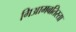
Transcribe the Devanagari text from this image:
गिआमबतिस्ता